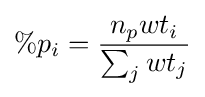
\%p_{i}={\frac {n_{p}wt_{i}}{\sum _{j}wt_{j}}}